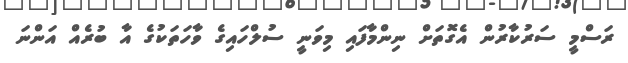
ރަސްމީ ސަރުކާރުން އެގޮތަށް ނިންމާފައި މިވަނީ ސުލްހައިގެ ވާހަތަކުގެ އާ ބުރެއް އަންނަ